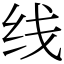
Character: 线